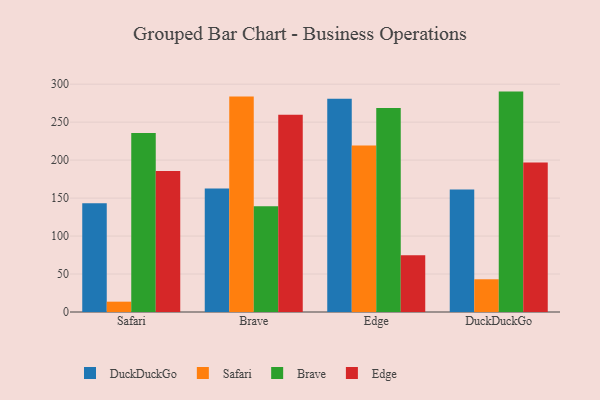
{"axis": {"x": "Browser", "y": "Churn Rate (%)"}, "legend": ["Brave", "DuckDuckGo", "Edge", "Safari"], "data": [{"x": "Safari", "y": 143.2, "type": "DuckDuckGo"}, {"x": "Safari", "y": 13.6, "type": "Safari"}, {"x": "Safari", "y": 235.8, "type": "Brave"}, {"x": "Safari", "y": 185.7, "type": "Edge"}, {"x": "Brave", "y": 162.7, "type": "DuckDuckGo"}, {"x": "Brave", "y": 283.7, "type": "Safari"}, {"x": "Brave", "y": 139.3, "type": "Brave"}, {"x": "Brave", "y": 259.8, "type": "Edge"}, {"x": "Edge", "y": 280.8, "type": "DuckDuckGo"}, {"x": "Edge", "y": 219.3, "type": "Safari"}, {"x": "Edge", "y": 268.7, "type": "Brave"}, {"x": "Edge", "y": 74.8, "type": "Edge"}, {"x": "DuckDuckGo", "y": 161.4, "type": "DuckDuckGo"}, {"x": "DuckDuckGo", "y": 43.1, "type": "Safari"}, {"x": "DuckDuckGo", "y": 290.2, "type": "Brave"}, {"x": "DuckDuckGo", "y": 196.7, "type": "Edge"}]}